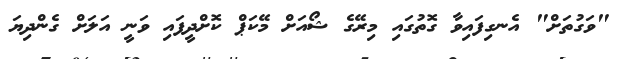
"ވަގުތަށް" އެނގިފައިވާ ގޮތުގައި މިރޭގެ ޝޯއަށް މޭކަޕް ކޮށްދީފައި ވަނީ އަލަށް ގެންދިޔަ